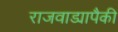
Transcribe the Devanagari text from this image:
राजवाड्यापैकी